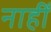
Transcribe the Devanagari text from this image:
नाहीँ